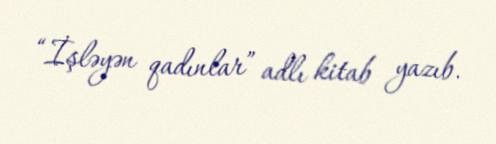
“İşləyən qadınlar” adlı kitab yazıb.